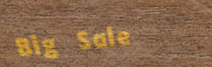
Big Sale